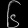
Digit: ၆